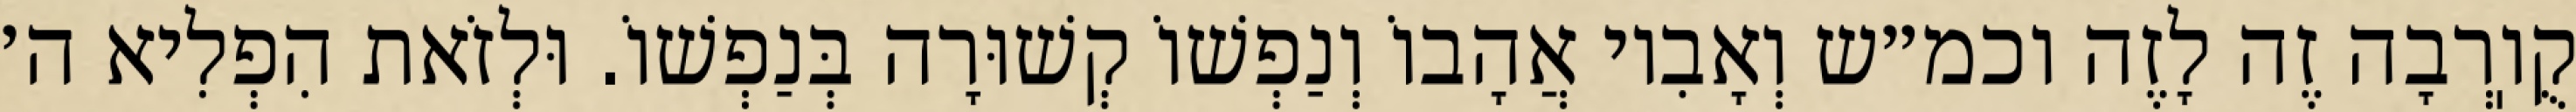
קֻוֽרְבָה זֶה לָזֶה וכמ״ש וְאָבִיו אֲהָבוֹ וְנַפְשׁוֹ קְשׁוּרָה בְּנַפְשׁוֹ. וּלְזֹאת הִפְלִיא ה׳